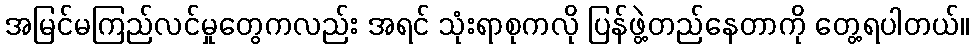
အမြင်မကြည်လင်မှုတွေကလည်း အရင် သုံးရာစုကလို ပြန်ဖွဲ့တည်နေတာကို တွေ့ရပါတယ်။